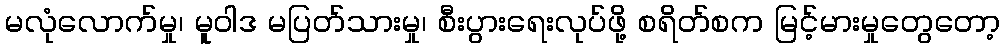
မလုံလောက်မှု၊ မူဝါဒ မပြတ်သားမှု၊ စီးပွားရေးလုပ်ဖို့ စရိတ်စက မြင့်မားမှုတွေတော့